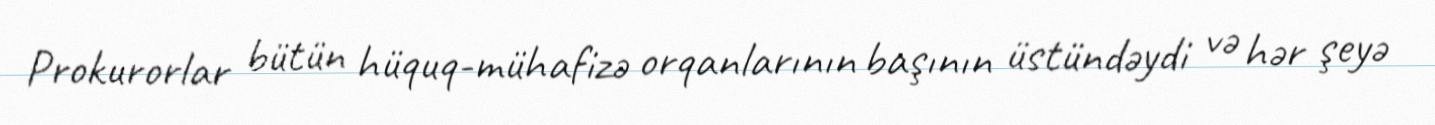
Prokurorlar bütün hüquq-mühafizə orqanlarının başının üstündəydi və hər şeyə